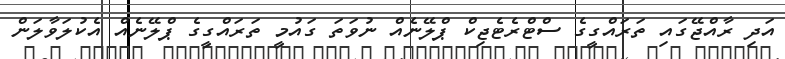
އަދި ރާއްޖޭގައި ތަރައްގީގެ ސްޓްރެޓެޖިކް ޕްލޭނެއް ނުވަތަ ގައުމީ ތަރައްގީގެ ޕްލޭނެއް އެކުލަވާލަން